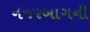
નજરબાગની